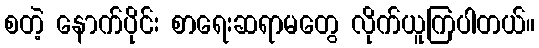
စတဲ့ နောက်ပိုင်း စာရေးဆရာမတွေ လိုက်ယူကြပါတယ်။